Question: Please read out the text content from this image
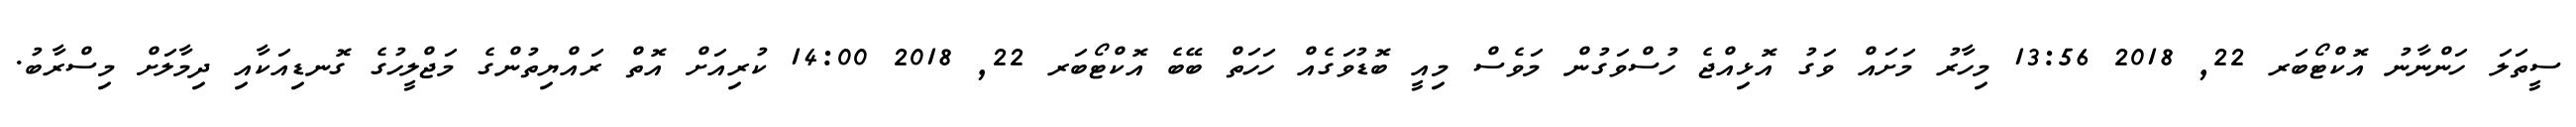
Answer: ސީތަލަ ހަންނާނު އޮކްޓޯބަރ 22, 2018 13:56 މިހާރު މަށައް ވަގު އޮޅިއްޖެ ހުސްވަގުން މަވެސް މިއީ ބޮޑުވަގެއް ހަހަތް ބޭބެ އޮކްޓޯބަރ 22, 2018 14:00 ކުރިއަށް އޮތް ރައްޔިތުންގެ މަޖްލީހުގެ ގޮނޑިއަކާއި ދިމާލަށް މިސްރާބު.